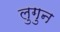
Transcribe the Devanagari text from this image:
लुगुन